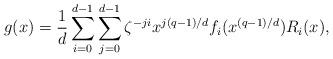
LaTeX: \begin{align*}g(x) = \frac{1}{d} \sum_{i=0}^{d-1} \sum_{j=0}^{d-1} \zeta^{-ji} x^{j(q-1)/d} f_i(x^{(q-1)/d}) R_i(x),\end{align*}